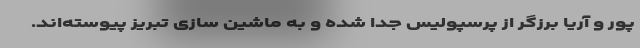
پور و آریا برزگر از پرسپولیس جدا شده و به ماشین سازی تبریز پیوسته‌اند.